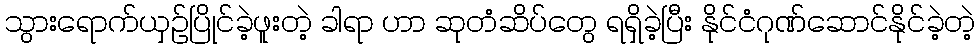
သွားရောက်ယှဉ်ပြိုင်ခဲ့ဖူးတဲ့ ခါရာ ဟာ ဆုတံဆိပ်တွေ ရရှိခဲ့ပြီး နိုင်ငံဂုဏ်ဆောင်နိုင်ခဲ့တဲ့